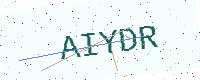
Text: AIYDR